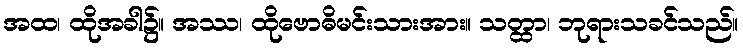
အထ၊ ထိုအခါ၌။ အဿ၊ ထိုဗောဓိမင်းသားအား။ သတ္ထာ၊ ဘုရားသခင်သည်။